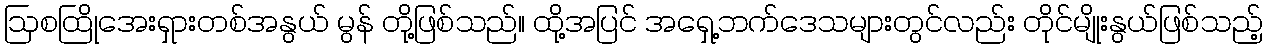
ဩစထြိုအေးရှားတစ်အနွယ် မွန် တို့ဖြစ်သည်။ ထို့အပြင် အရှေ့ဘက်ဒေသများတွင်လည်း တိုင်မျိုးနွယ်ဖြစ်သည့်